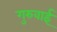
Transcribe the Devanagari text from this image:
गुरुवाई